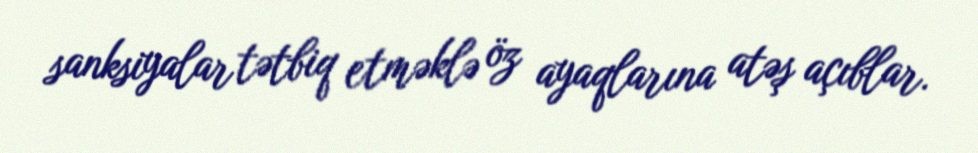
sanksiyalar tətbiq etməklə öz ayaqlarına atəş açıblar.